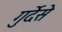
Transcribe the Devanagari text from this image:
गुर्देसे